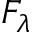
F _ { \lambda }